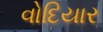
વોદિયાર